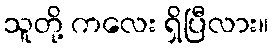
သူတို့ ကလေး ရှိပြီလား။